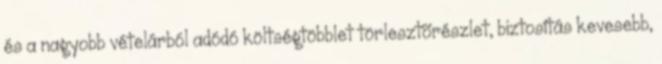
és a nagyobb vételárból adódó költségtöbblet törlesztõrészlet, biztosítás kevesebb,